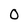
Character: O